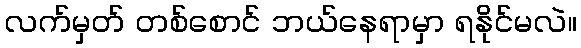
လက်မှတ် တစ်စောင် ဘယ်နေရာမှာ ရနိုင်မလဲ။